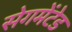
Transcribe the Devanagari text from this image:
सेगमेंटेड